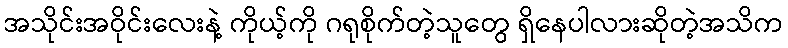
အသိုင်းအဝိုင်းလေးနဲ့ ကိုယ့်ကို ဂရုစိုက်တဲ့သူတွေ ရှိနေပါလားဆိုတဲ့အသိက